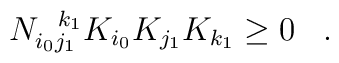
N_{i_0j_1}^{\;\;\;k_1}K_{i_0} K_{j_1} K_{k_1} \geq 0 \;\;\; .